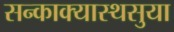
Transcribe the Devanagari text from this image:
सन्काक्यास्थसुया